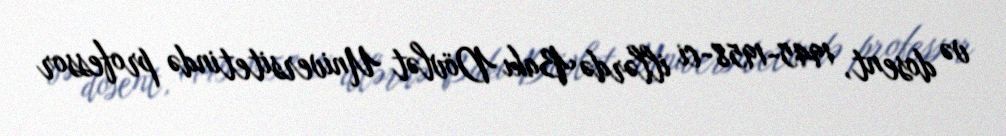
və dosent, 1945-1958-ci illərdə Bakı Dövlət Universitetində professor